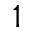
^ { 1 }